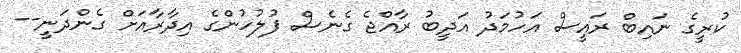
ކުރީގެ ނައިބް ރައީސް އަހުމަަދު އަދީބު ރާއްޖެ ގެނެސް ފުލުހުންގެ އިދާރާއަށް ގެންދަނީ--